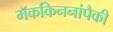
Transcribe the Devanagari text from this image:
मॅककिननांपैकी